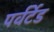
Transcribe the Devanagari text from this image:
पर्वर्टेड